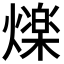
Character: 𭶒